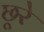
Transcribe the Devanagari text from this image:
छूरे